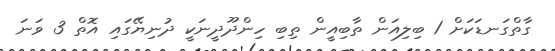
ގާތްގަނޑަކަށް 1 ބިލިއަން ތާބިއީން ތިބި ހިންދޫދީނަކީ ދުނިޔޭގައި އޮތް 3 ވަނަ